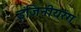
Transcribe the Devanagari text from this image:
इंजिनीयरंग